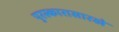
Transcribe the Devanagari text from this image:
पुरस्कारासारखे